Karksi_vallavalitsus, lk 145
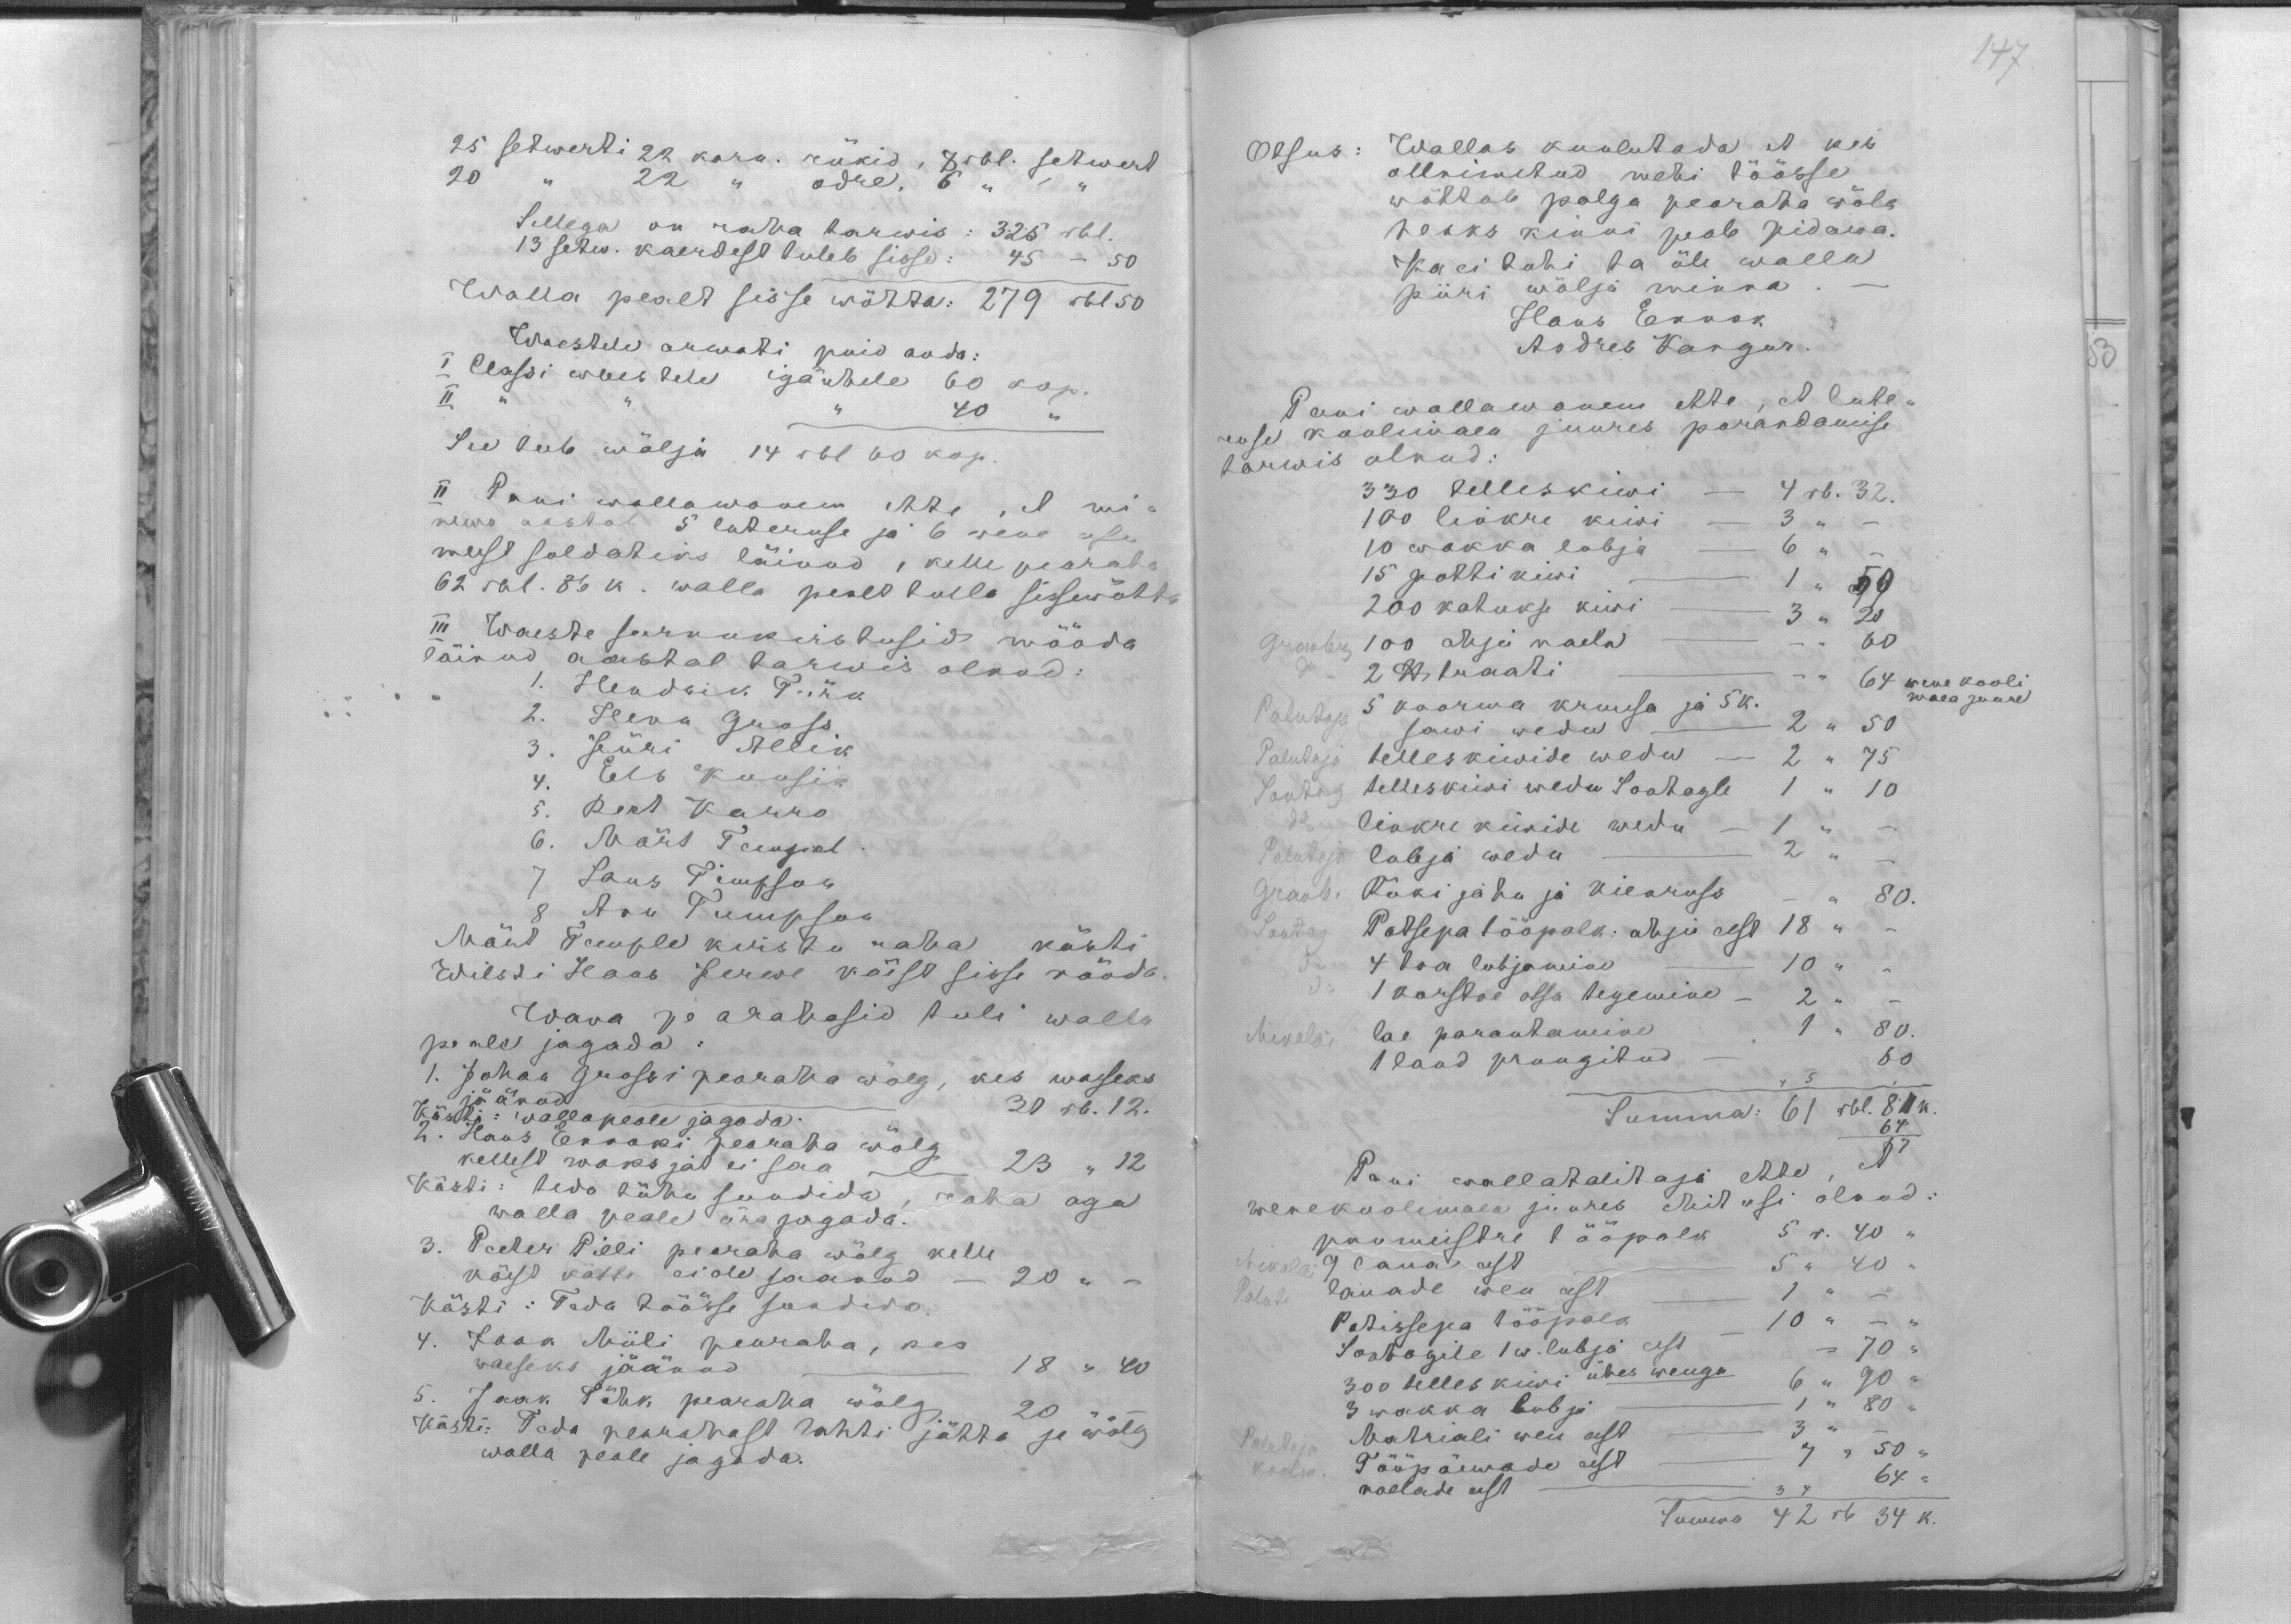
25 setwerti 22 karn. rükid, 8 rbl. setwert
20 " 22 " odre, 6 " "
Sellega on raha tarwis: 325 rbl.
13 setw. kaerdest tuleb sisse: 45 - 50
Walla pealt sisse wötta: 279 rbl 50
Waestele arwati puid anda:
I Klassi waestele igaühele 60 kop.
II   "  " 40
See teeb wälja 14 rbl 60 kop.
II Pani wallawanem ette, et mi-
newa aastal 5 luteruse ja 6 wene usu
meest soldatiks läinud, kelle pearaha
62 rbl. 86 k. walla peale hulla sissewõhtu
III Waeste surnukirstusid mööda
läinud aastal tarwis olnud.
1. Hendrik Türk
2. Henn Grass
Jüri Allik
4. Els kuusik
5. Reet Karro
6. Märt Teingial.
7 Laur Timpson
8 Avu Tumpson,
Märt Temple kirstu raha kästi
Wilsti Hans Jerwe käest sisse nöuda
Wana pearahasid tuli walla
peale jagada:
1. Johan Grossi pearaha wõlg, kes waeseks
jäänudd 31 rb. 12.
Kästi: wallapeale jagada
2. Hans Ennoki pearaha wölg
kellest maksjat ei saa 23 " 12
Kästi: teda tüha sundida, raha aga
walla peale ära jagada.
3. Peeter Pilli pearaha wölg kelle
käest kätte ei ole saanud 20 "
Kästi: Teda töösse saadido.
4. Jaak Miili pearaha, kes
waeseks jäänud. 18 " 40
Jaak Tähk pearaha wölg 20
Kästi: Teda pearahast tahti jätta ja wölg
walla peale jagada.

147.
Otsus: Wallas kuulutada, et kes
ollnimetud mehi töösse
wöttab palga pearaha wöla.
heaks kinni peab pidama.
Ka ei tohi ta üle walla
piiri wälja minna
Hans Ennok
Andres Kangur.
Pani wallawanem ette, et lute-
ruse koolimaea juures parandamise
tarwis olnud:
330 telleskiwi - 4 rbl. 32.
100 linkre kiwi - 3 " -
10 wakka lubja - 6 "
15 potti kiwi 1, 50
200 katukse kiwi - 3 " 20
Grauberg 100 ahju naela - - 60
2 x traati - " 64 "
wene kooli.
Palutaja 5 koorma kruusa ja 5 k.
waea juure
sawi wedu - 2 " 50
Palutaja telleskiwide wedu - 2 " 75
Sontag telleskiwi wedu Soetage 1 " 10
linkre kiwide wedu - 1 " "
Palutaja lubja wedu - 2 " -
Graub. Ruki jahu ja Viearuse 80.
Sontag Potsepa tööpalk: ahju eest 18 "
5  4 toa lubjamine - 10 "
1 korstna otsa tegemine - 2 "
Mikolai lae parantamine 1 " 80
1 laad pruugitud - 60
+5
Summa: 61 rbl 81 k
64
Pani wallatalitaja ette, N
wenekoolimaea juures ehitusi olnud:
paumeistre tööpalk 5 r. 40
9 laua eest  5 " 40 "
lauade weu eest   1 " - "
potisepa tööpalk  10 " - "
Sontagile 1 w. lubja eest = 70 "
300 telles kiwi ühes weuga 6 " 90 "
3 wakka lubja - 1 " 80 -
matriali weu eest  3 " -
Palutaja Tööpäewade eest 7 " 50 "
naelade eest   34      64 "
Summa 42 rb 34 k.